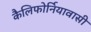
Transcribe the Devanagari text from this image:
कैलिफोर्नियावासी